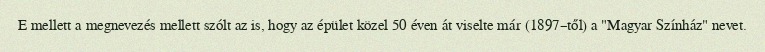
E mellett a megnevezés mellett szólt az is, hogy az épület közel 50 éven át viselte már (1897–től) a "Magyar Színház" nevet.